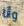
وأنا